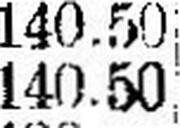
140.50